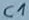
Text: C1